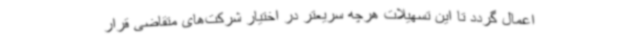
اعمال گردد تا این تسهیلات هرچه سریعتر در اختیار شرکت‌های متقاضی قرار